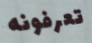
تعرفونه